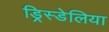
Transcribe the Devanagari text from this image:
ड्रिस्डेलिया